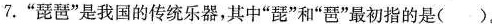
7.”琵琶”是我国的传统乐器，其中”琵”和”琶”最初指的是( )。